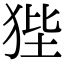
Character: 狴